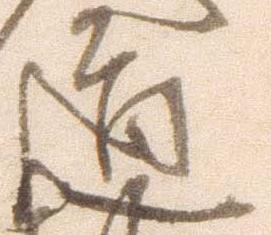
道